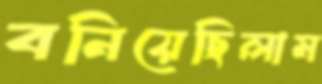
বনিয়েছিলাম